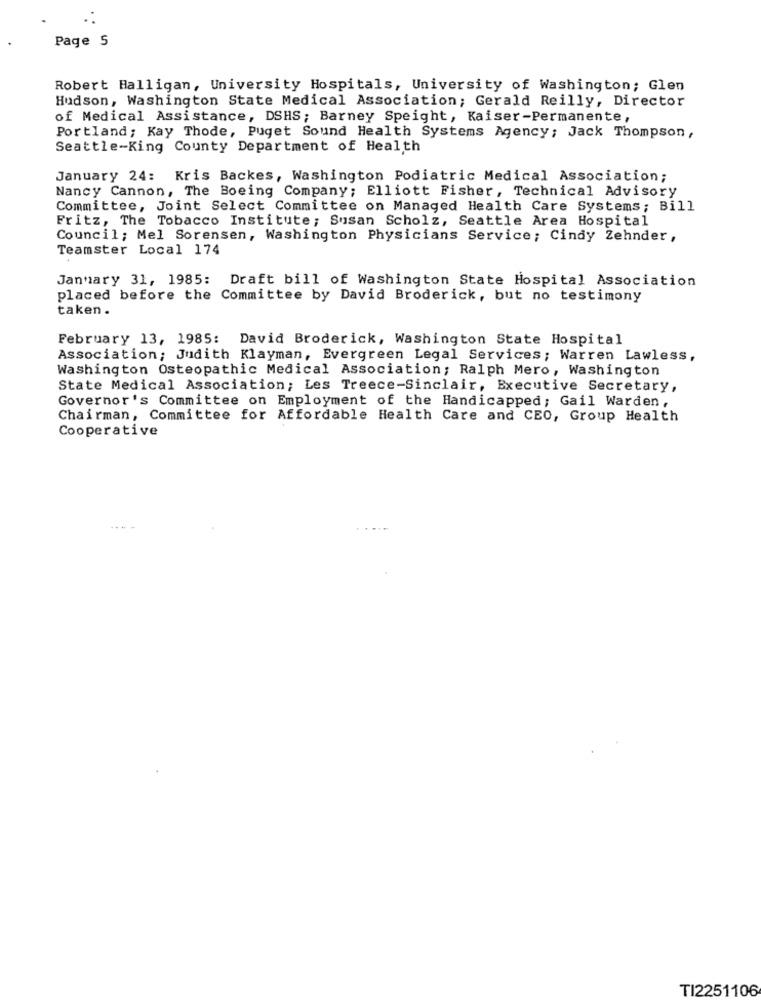
Page 5
Robert Halligan, University Hospitals, University of Washington; Glen
Hudson, Washington State Medical Association; Gerald Reilly, Director
of Medical Assistance, DSHS; Barney Speight, Kaiser-Permanente,
Portland; Kay Thode, Puget Sound Health Systems Agency; Jack Thompson ,
Seattle-King County Department of Health
January 24: Kris Backes, Washington Podiatric Medical Association;
Nancy Cannon, The Boeing Company; Elliott Fisher, Technical Advisory
Committee, Joint Select Committee on Managed Health Care Systems; Bill
Fritz, The Tobacco Institute; Susan Scholz, Seattle Area Hospital
Council; Mel Sorensen, Washington Physicians Service; Cindy Zehnder,
Teamster Local 174
January 31, 1985: Draft bill of Washington State Hospital Association
placed before the Committee by David Broderick, but no testimony
taken .
February 13, 1985: David Broderick, Washington State Hospital
Association; Judith Klayman, Evergreen Legal Services; Warren Lawless,
Washington Osteopathic Medical Association; Ralph Mero, Washington
State Medical Association; Les Treece-Sinclair, Executive Secretary,
Governor's Committee on Employment of the Handicapped; Gail Warden,
Chairman, Committee for Affordable Health Care and CEO, Group Health
Cooperative
TI2251106